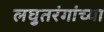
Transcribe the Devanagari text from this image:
लघुतरंगांच्या